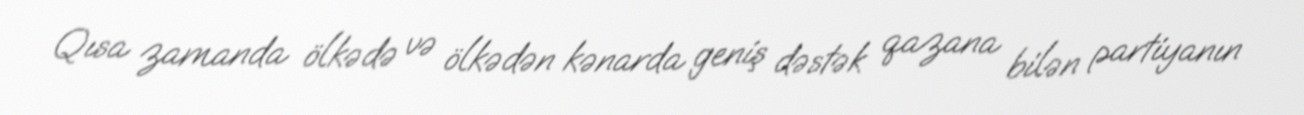
Qısa zamanda ölkədə və ölkədən kənarda geniş dəstək qazana bilən partiyanın